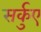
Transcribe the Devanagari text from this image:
सर्कुए